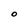
Character: O